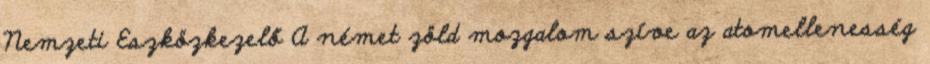
Nemzeti Eszközkezelő A német zöld mozgalom szíve az atomellenesség